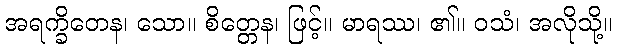
အရက္ခိတေန၊ သော။ စိတ္တေန၊ ဖြင့်။ မာရဿ၊ ၏။ ဝသံ၊ အလိုသို့။